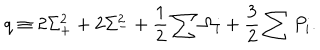
q \equiv 2 \Sigma _ { + } ^ { 2 } + 2 \Sigma _ { - } ^ { 2 } + \frac { 1 } { 2 } \sum \Omega _ { i } + \frac { 3 } { 2 } \sum P _ { i } .